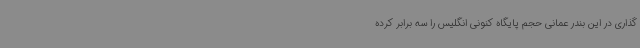
‌گذاری در این بندر عمانی حجم پایگاه کنونی انگلیس را سه برابر کرده